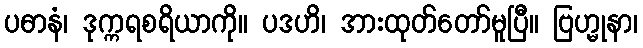
ပဓာနံ၊ ဒုက္ကရစရိယာကို။ ပဒဟိ၊ အားထုတ်တော်မူပြီ။ ဗြဟ္မုနာ၊